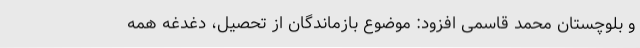
و بلوچستان محمد قاسمی افزود: موضوع بازماندگان از تحصیل، دغدغه همه